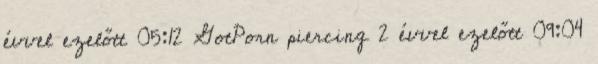
évvel ezelőtt 05:12 GotPorn piercing 2 évvel ezelőtt 09:04